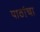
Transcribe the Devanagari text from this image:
पाठांचा